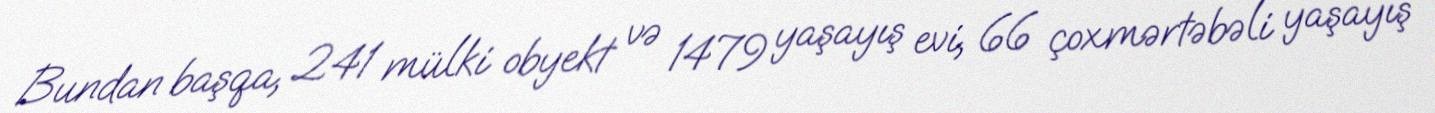
Bundan başqa, 241 mülki obyekt və 1479 yaşayış evi, 66 çoxmərtəbəli yaşayış